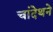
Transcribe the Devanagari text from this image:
चांदेथने